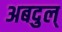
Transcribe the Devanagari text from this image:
अबदुल्